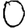
Digit: 0